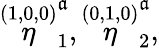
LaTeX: \stackrel{(1,0,0)}{\eta}_{1}^{\mathfrak{a}},\stackrel{(0,1,0)}{\eta}_{2}^{\mathfrak{a}},